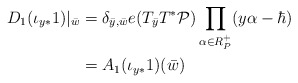
\begin{align*}D_1(\iota_{y*}1)|_{\bar{w}}&=\delta_{\bar{y},\bar{w}}e(T_{\bar{y}}T^*\mathcal{P})\prod\limits_{\alpha\in R^+_P}(y\alpha-\hbar)\\&=A_1(\iota_{y*}1)(\bar{w})\end{align*}